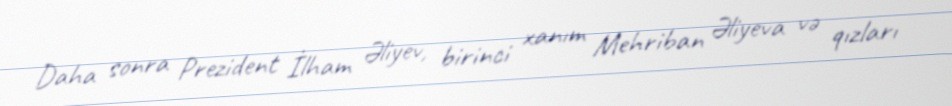
Daha sonra Prezident İlham Əliyev, birinci xanım Mehriban Əliyeva və qızları